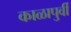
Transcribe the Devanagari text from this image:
काळापुर्वी